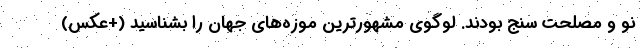
نو و مصلحت سنج بودند. لوگوی مشهورترین موزه‌های جهان را بشناسید (+عکس)